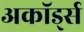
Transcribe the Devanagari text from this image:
अकॉर्ड्स